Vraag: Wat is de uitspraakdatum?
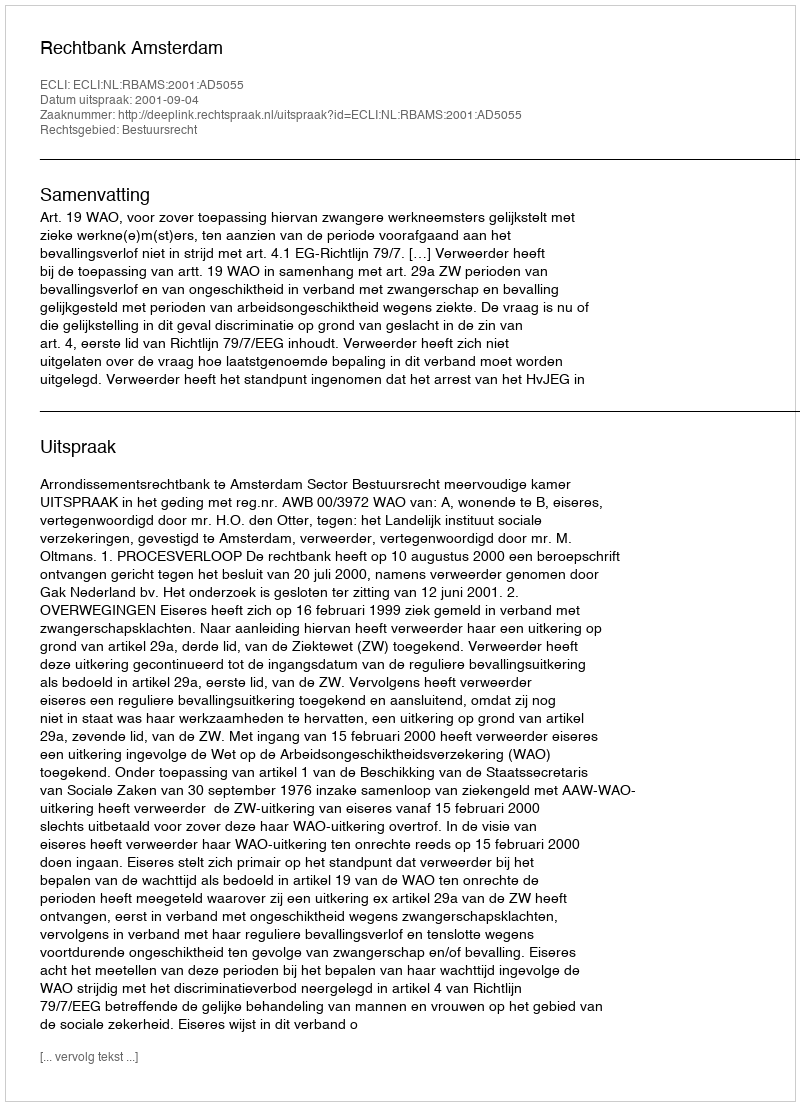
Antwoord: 2001-09-04